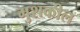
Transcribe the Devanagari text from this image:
मुशकील